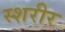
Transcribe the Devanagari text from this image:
स्शरीर